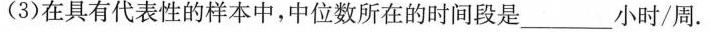
(3)在具有代表性的样本中，中位数所在的时间段是___小时/周.